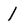
Character: I